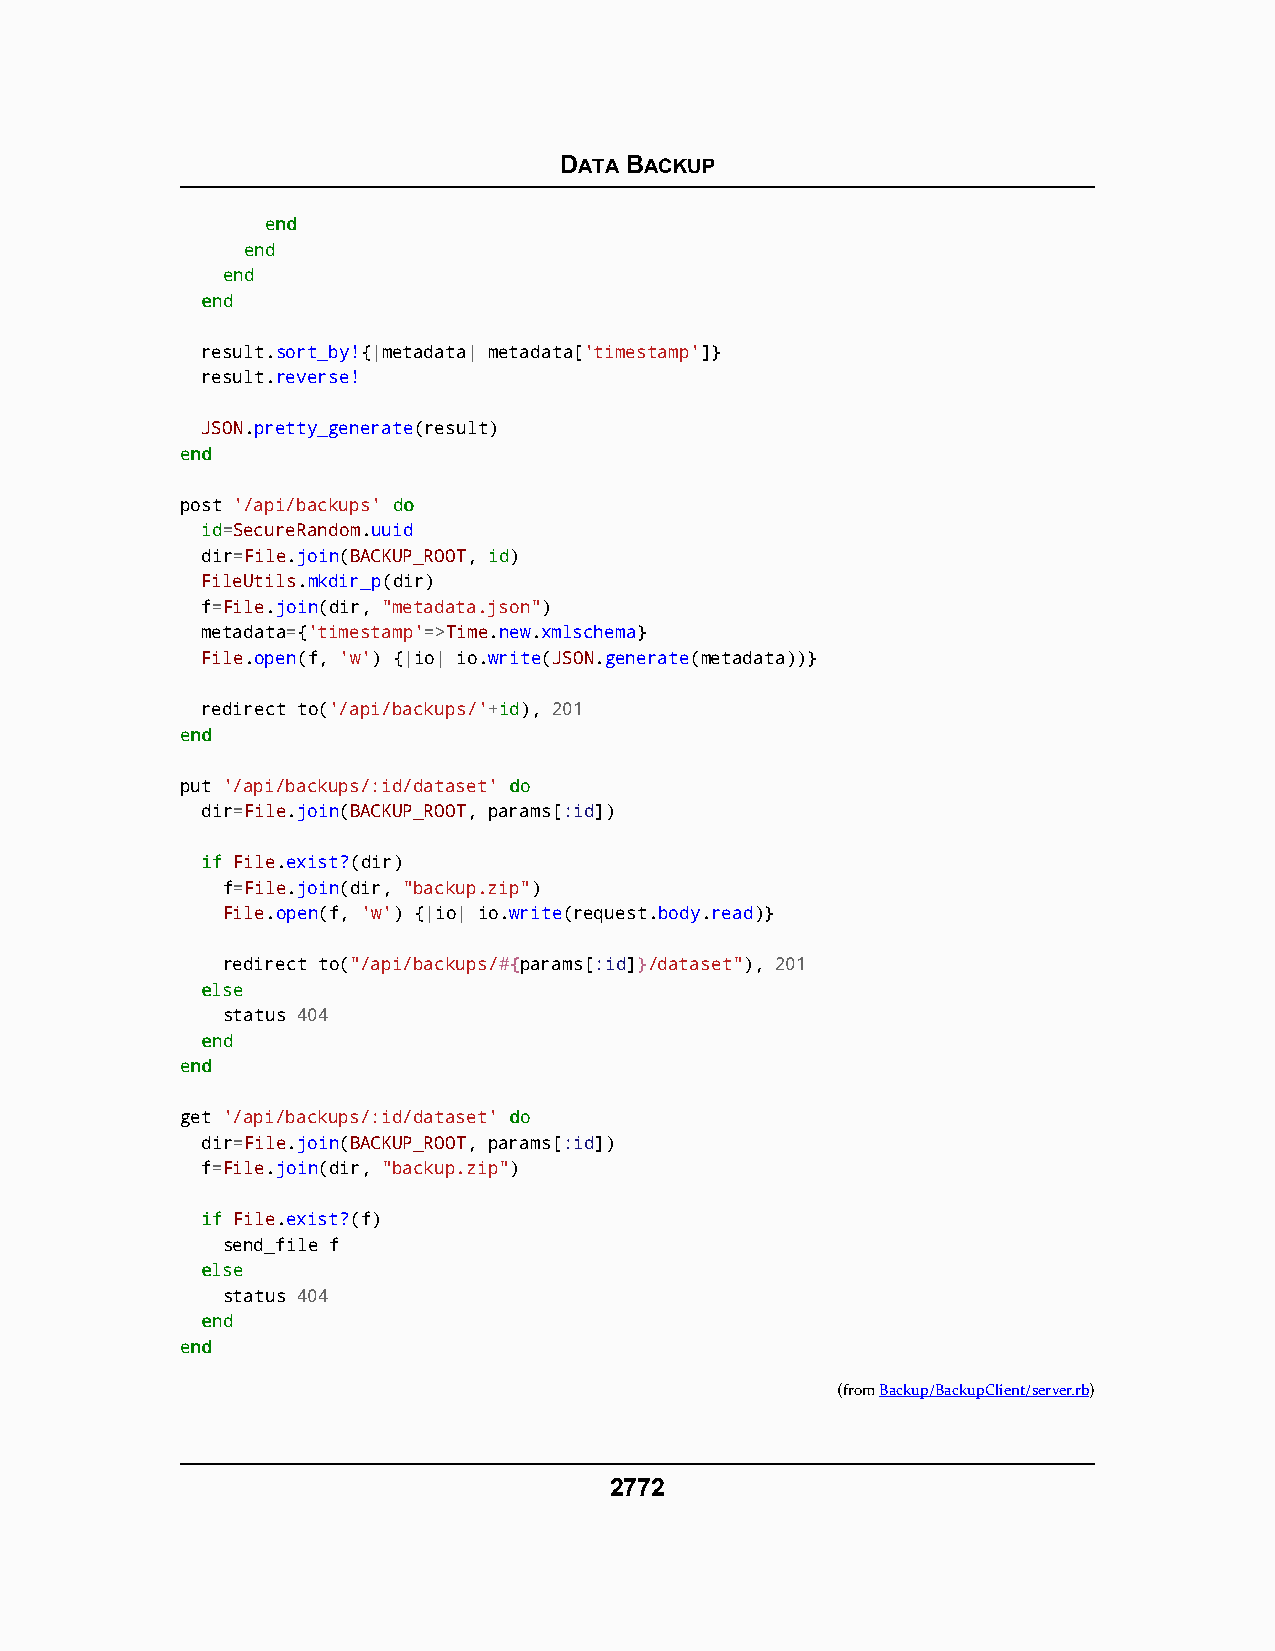
DATA BACKUP
 eenndd
 eenndd
 eenndd
 eenndd
 result.sort_by!{|metadata| metadata['timestamp']}
 result.reverse!
 JSON.pretty_generate(result)
 eenndd
 post '/api/backups' ddoo
 id=SecureRandom.uuid
 dir=File.join(BACKUP_ROOT, id)
 FileUtils.mkdir_p(dir)
 f=File.join(dir, "metadata.json")
 metadata={'timestamp'=>Time.new.xmlschema}
 File.open(f, 'w') {|io| io.write(JSON.generate(metadata))}
 redirect to('/api/backups/'+id), 201
 eenndd
 put '/api/backups/:id/dataset' ddoo
 dir=File.join(BACKUP_ROOT, params[:id])
 iiff File.exist?(dir)
 f=File.join(dir, "backup.zip")
 File.open(f, 'w') {|io| io.write(request.body.read)}
 redirect to("/api/backups/##{{params[:id]}}/dataset"), 201
 eellssee
 status 404
 eenndd
 eenndd
 get '/api/backups/:id/dataset' ddoo
 dir=File.join(BACKUP_ROOT, params[:id])
 f=File.join(dir, "backup.zip")
 iiff File.exist?(f)
 send_file f
 eellssee
 status 404
 eenndd
 eenndd
 (fromBackup/BackupClient/server.rb)
 2772